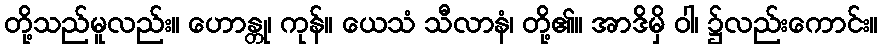
တို့သည်မူလည်း။ ဟောန္တု၊ ကုန်။ ယေသံ သီလာနံ၊ တို့၏။ အာဒိမှိ ဝါ၊ ၌လည်းကောင်း။